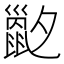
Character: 𡗇